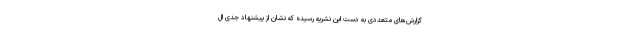
گزارش‌های متعددی به دست این نشریه رسیده که نشان از پیشنهاد جدی ال